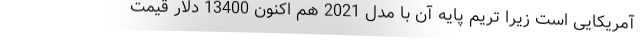
آمریکایی است زیرا تریم پایه آن با مدل 2021 هم اکنون 13400 دلار قیمت